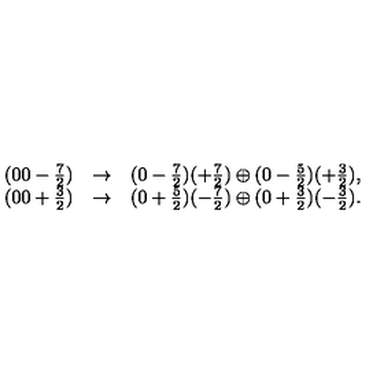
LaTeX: \begin{array} { c c l } { ( 0 0 - \frac { 7 } { 2 } ) } & { \rightarrow } & { ( 0 - \frac { 7 } { 2 } ) ( + \frac { 7 } { 2 } ) \oplus ( 0 - \frac { 5 } { 2 } ) ( + \frac { 3 } { 2 } ) , } \\ { ( 0 0 + \frac { 3 } { 2 } ) } & { \rightarrow } & { ( 0 + \frac { 5 } { 2 } ) ( - \frac { 7 } { 2 } ) \oplus ( 0 + \frac { 3 } { 2 } ) ( - \frac { 3 } { 2 } ) . } \\ \end{array}